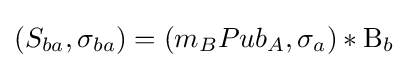
(S_{ba},\sigma _{ba})=(m_{B}Pub_{A},\sigma _{a})*\mathrm {B} _{b}